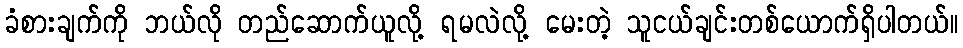
ခံစားချက်ကို ဘယ်လို တည်ဆောက်ယူလို့ ရမလဲလို့ မေးတဲ့ သူငယ်ချင်းတစ်ယောက်ရှိပါတယ်။